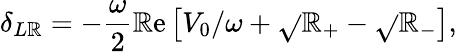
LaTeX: \delta_{L\mathbb{R}}=-\frac{{\omega}}{{2}}\mathrm{{\mathbb{R}e}}\left[V_{0}/\omega+\sqrt{}{{\mathbb{R}_{+}}}-\sqrt{}{{\mathbb{R}_{-}}}\right],